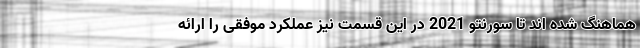
هماهنگ شده اند تا سورنتو 2021 در این قسمت نیز عملکرد موفقی را ارائه